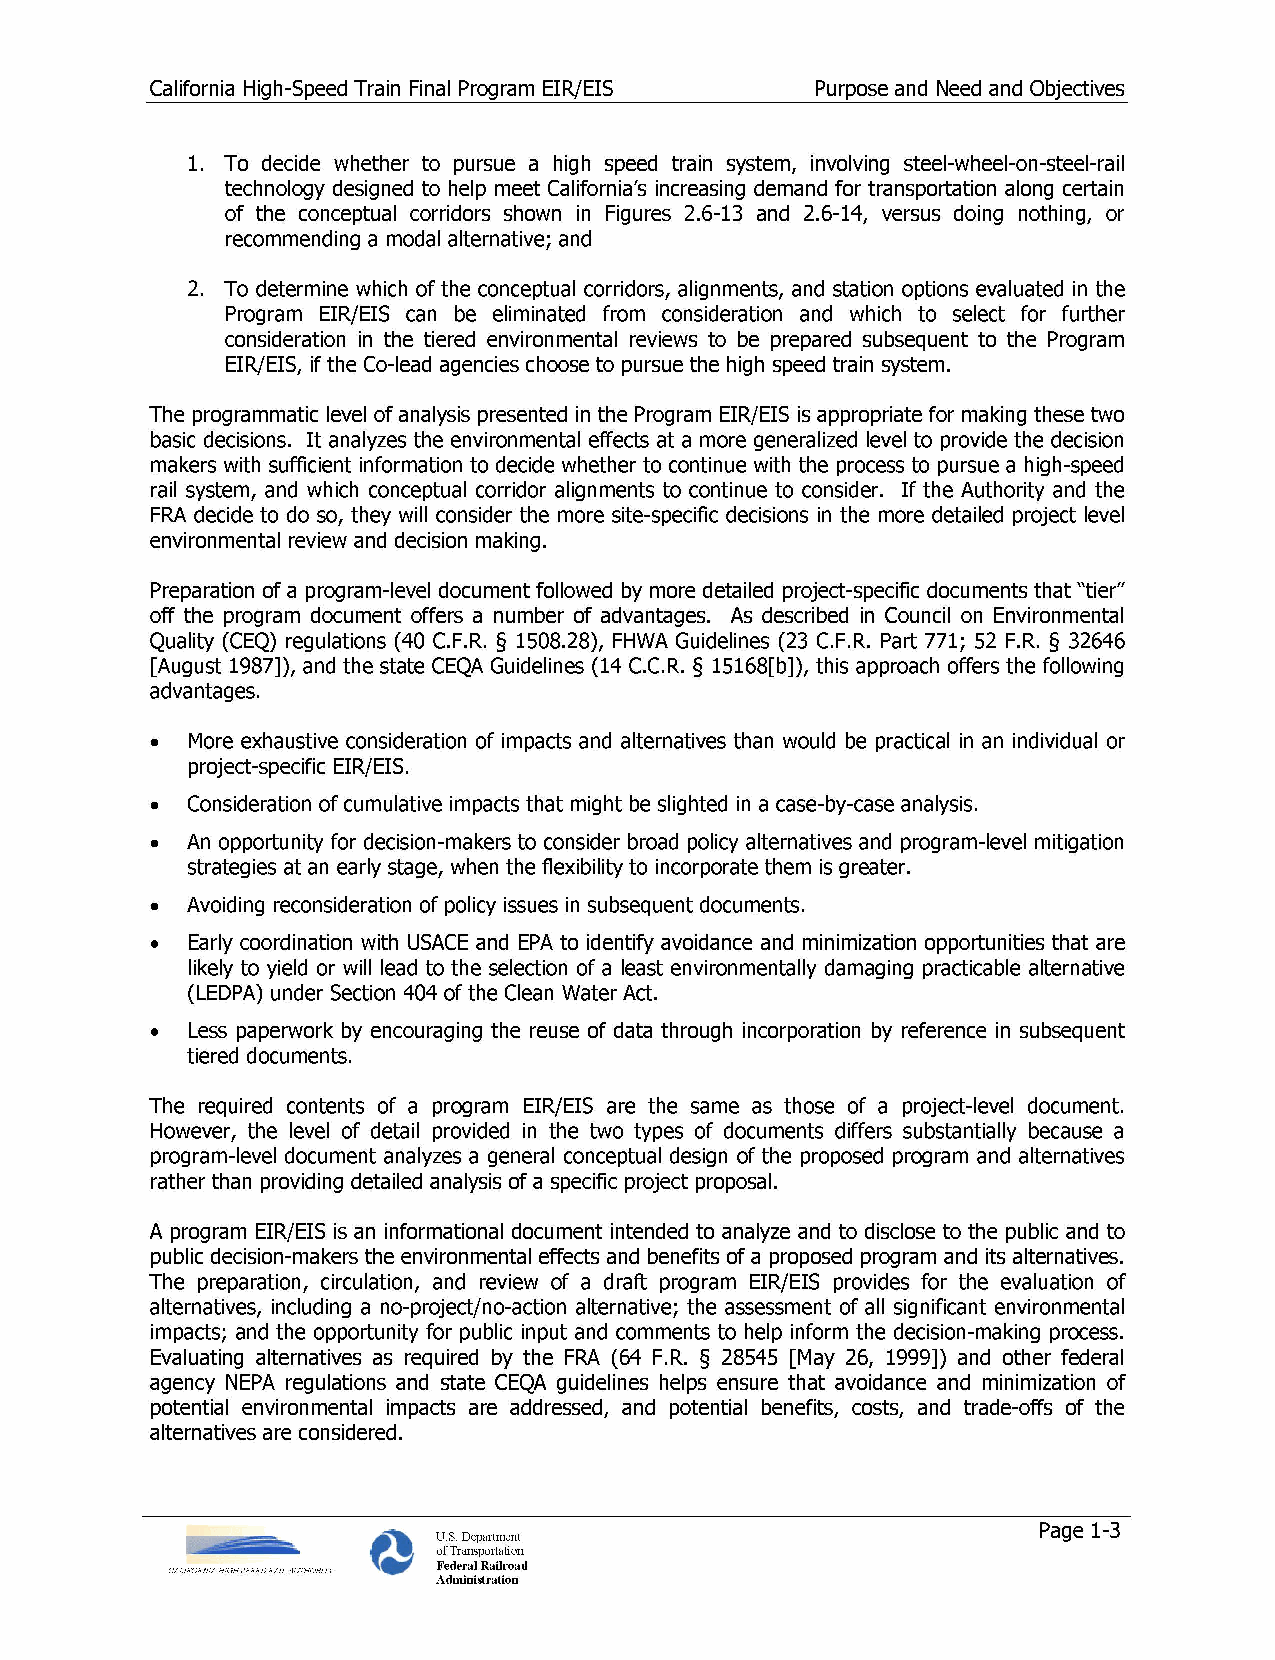
California High-Speed Train Final Program EIR/EIS Purpose and Need and Objectives
 1. To decide whether to pursue a high speed train system, involving steel-wheel-on-steel-rail
 technology designed to help meet California's increasing demand for transportation along certain
 of the conceptual corridors shown in Figures 2.6-13 and 2.6-14, versus doing nothing, or
 recommending a modal alternative; and
 2. To determine which of the conceptual corridors, alignments, and station options evaluated in the
 Program EIR/EIS can be eliminated from consideration and which to select for further
 consideration in the tiered environmental reviews to be prepared subsequent to the Program
 EIR/EIS, if the Co-lead agencies choose to pursue the high speed train system.
 The programmatic level of analysis presented in the Program EIR/EIS is appropriate for making these two
 basic decisions. It analyzes the environmental effects at a more generalized level to provide the decision
 makers with sufficient information to decide whether to continue with the process to pursue a high-speed
 rail system, and which conceptual corridor alignments to continue to consider. If the Authority and the
 FRA decide to do so, they will consider the more site-specific decisions in the more detailed project level
 environmental review and decision making.
 Preparation of a program-level document followed by more detailed project-specific documents that "tier"
 off the program document offers a number of advantages. As described in Council on Environmental
 Quality (CEQ) regulations (40 C.F.R. § 1508.28), FHWA Guidelines (23 C.F.R. Part 771; 52 F.R. § 32646
 [August 1987]), and the state CEQA Guidelines (14 C.C.R. § 15168[b]), this approach offers the following
 advantages.
 • More exhaustive consideration of impacts and alternatives than would be practical in an individual or
 project-specific EIR/EIS.
 • Consideration of cumulative impacts that might be slighted in a case-by-case analysis.
 • An opportunity for decision-makers to consider broad policy alternatives and program-level mitigation
 strategies at an early stage, when the flexibility to incorporate them is greater.
 • Avoiding reconsideration of policy issues in subsequent documents.
 • Early coordination with USACE and EPA to identify avoidance and minimization opportunities that are
 likely to yield or will lead to the selection of a least environmentally damaging practicable alternative
 (LEDPA) under Section 404 of the Clean Water Act.
 • Less paperwork by encouraging the reuse of data through incorporation by reference in subsequent
 tiered documents.
 The required contents of a program EIR/EIS are the same as those of a project-level document.
 However, the level of detail provided in the two types of documents differs substantially because a
 program-level document analyzes a general conceptual design of the proposed program and alternatives
 rather than providing detailed analysis of a specific project proposal.
 A program EIR/EIS is an informational document intended to analyze and to disclose to the public and to
 public decision-makers the environmental effects and benefits of a proposed program and its alternatives.
 The preparation, circulation, and review of a draft program EIR/EIS provides for the evaluation of
 alternatives, including a no-project/no-action alternative; the assessment of all significant environmental
 impacts; and the opportunity for public input and comments to help inform the decision-making process.
 Evaluating alternatives as required by the FRA (64 F.R. § 28545 [May 26, 1999]) and other federal
 agency NEPA regulations and state CEQA guidelines helps ensure that avoidance and minimization of
 potential environmental impacts are addressed, and potential benefits, costs, and trade-offs of the
 alternatives are considered.
 Page 1-3
 U.S. Department
 of Transportation
 Federal Railroad
 Administration